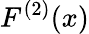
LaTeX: F^{(2)}(x)